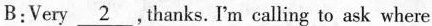
B:Very \underline{2} .Thanks. I'm calling to ask where